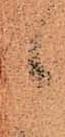
郎